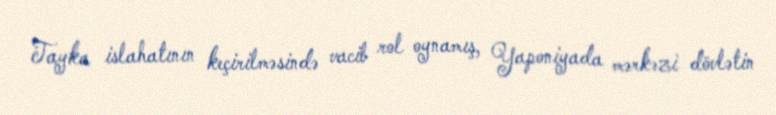
Tayka islahatının keçirilməsində vacib rol oynamış, Yaponiyada mərkəzi dövlətin